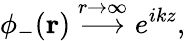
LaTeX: \phi_{-}(\mathbf{r})\; {\stackrel{r\to\infty}{\longrightarrow}}\; e^{ikz},